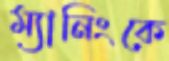
ম্যানিংকে